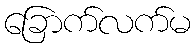
ခြောက်လက်မ